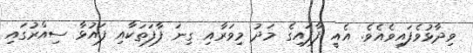
ވިދާޅުވެފައިވެއެވެ. އެއީ ފާފައިގެ މަދު މިވަރާއި ގިނަ ފާފަތަކާއި ފައުޅާ ސިއްރުގައި